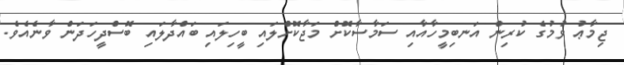
ޖިމާޢު ވުމުގެ ކުރިން އަނބިމީހާއާއި ސަމާސާކޮށް މަޖާކޮށްލައި ބީހިލައި ބައްދާލައި ބޮސްދީހަދަން ވާނެއެވެ.